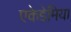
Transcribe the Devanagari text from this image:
एकेडेमिया